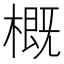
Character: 概